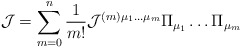
\begin{align*}{\cal J}=\sum_{m=0}^{n}\frac{1}{m!}{\cal J}^{(m)\mu_1\dots\mu_m} \Pi_{\mu_1}\dots\Pi_{\mu_m}\end{align*}